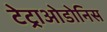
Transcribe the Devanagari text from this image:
टेट्राओडोनिस